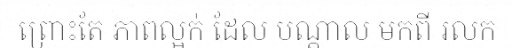
ព្រោះតែ ភាពល្អក់ ដែល បណ្តាល មកពី រលក